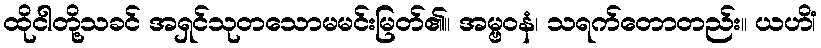
ထိုငါတို့သခင် အရှင်သုတသောမမင်းမြတ်၏။ အမ္ဗဝနံ၊ သရက်တောတည်း။ ယဟိံ၊